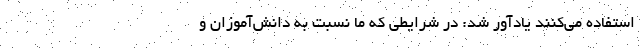
استفاده می‌کنند یادآور شد: در شرایطی که ما نسبت به دانش‌آموزان و